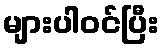
များပါဝင်ပြီး